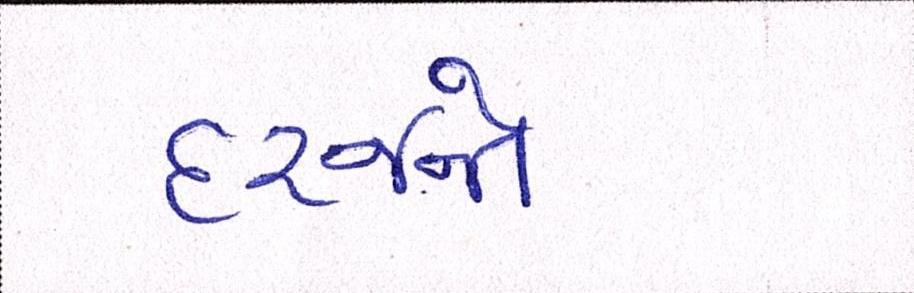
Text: દરજ્જો